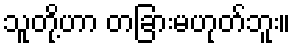
သူတို့ဟာ တခြားမဟုတ်ဘူး။